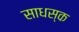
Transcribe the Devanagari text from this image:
साधस्क